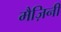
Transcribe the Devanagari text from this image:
मैज़िनी